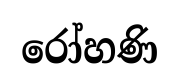
රෝහණි